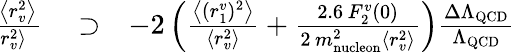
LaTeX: \begin{array}{rlr}{\! \! \! \! \! \frac{\Delta\left<r_{v}^{2}\right>}{\left<r_{v}^{2}\right>}}&{{}\supset}&{-2\left(\frac{\left<(r_{1}^{v})^{2}\right>}{\left<r_{v}^{2}\right>}+\frac{2.6\, F_{2}^{v}(0)}{2\, m_{\mathrm{nucleon}}^{2}\left<r_{v}^{2}\right>}\right)\frac{\Delta\Lambda_{\mathrm{QCD}}}{\Lambda_{\mathrm{QCD}}}}\end{array}